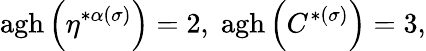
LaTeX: \mathrm{agh}\left(\eta^{*\alpha(\sigma)}\right)=2,\; \mathrm{agh}\left(C^{*(\sigma)}\right)=3,